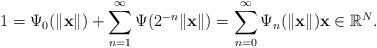
LaTeX: \begin{align*}1=\Psi_{0}(\|\mathbf{x}\|)+\sum_{n=1}^{\infty}\Psi(2^{-n}\|\mathbf{x}\|)=\sum_{n=0}^{\infty}\Psi_{n}(\|\mathbf{x}\|) \mathbf{x}\in \mathbb{R}^N.\end{align*}